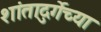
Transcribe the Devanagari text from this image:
शांतादुर्गेच्या